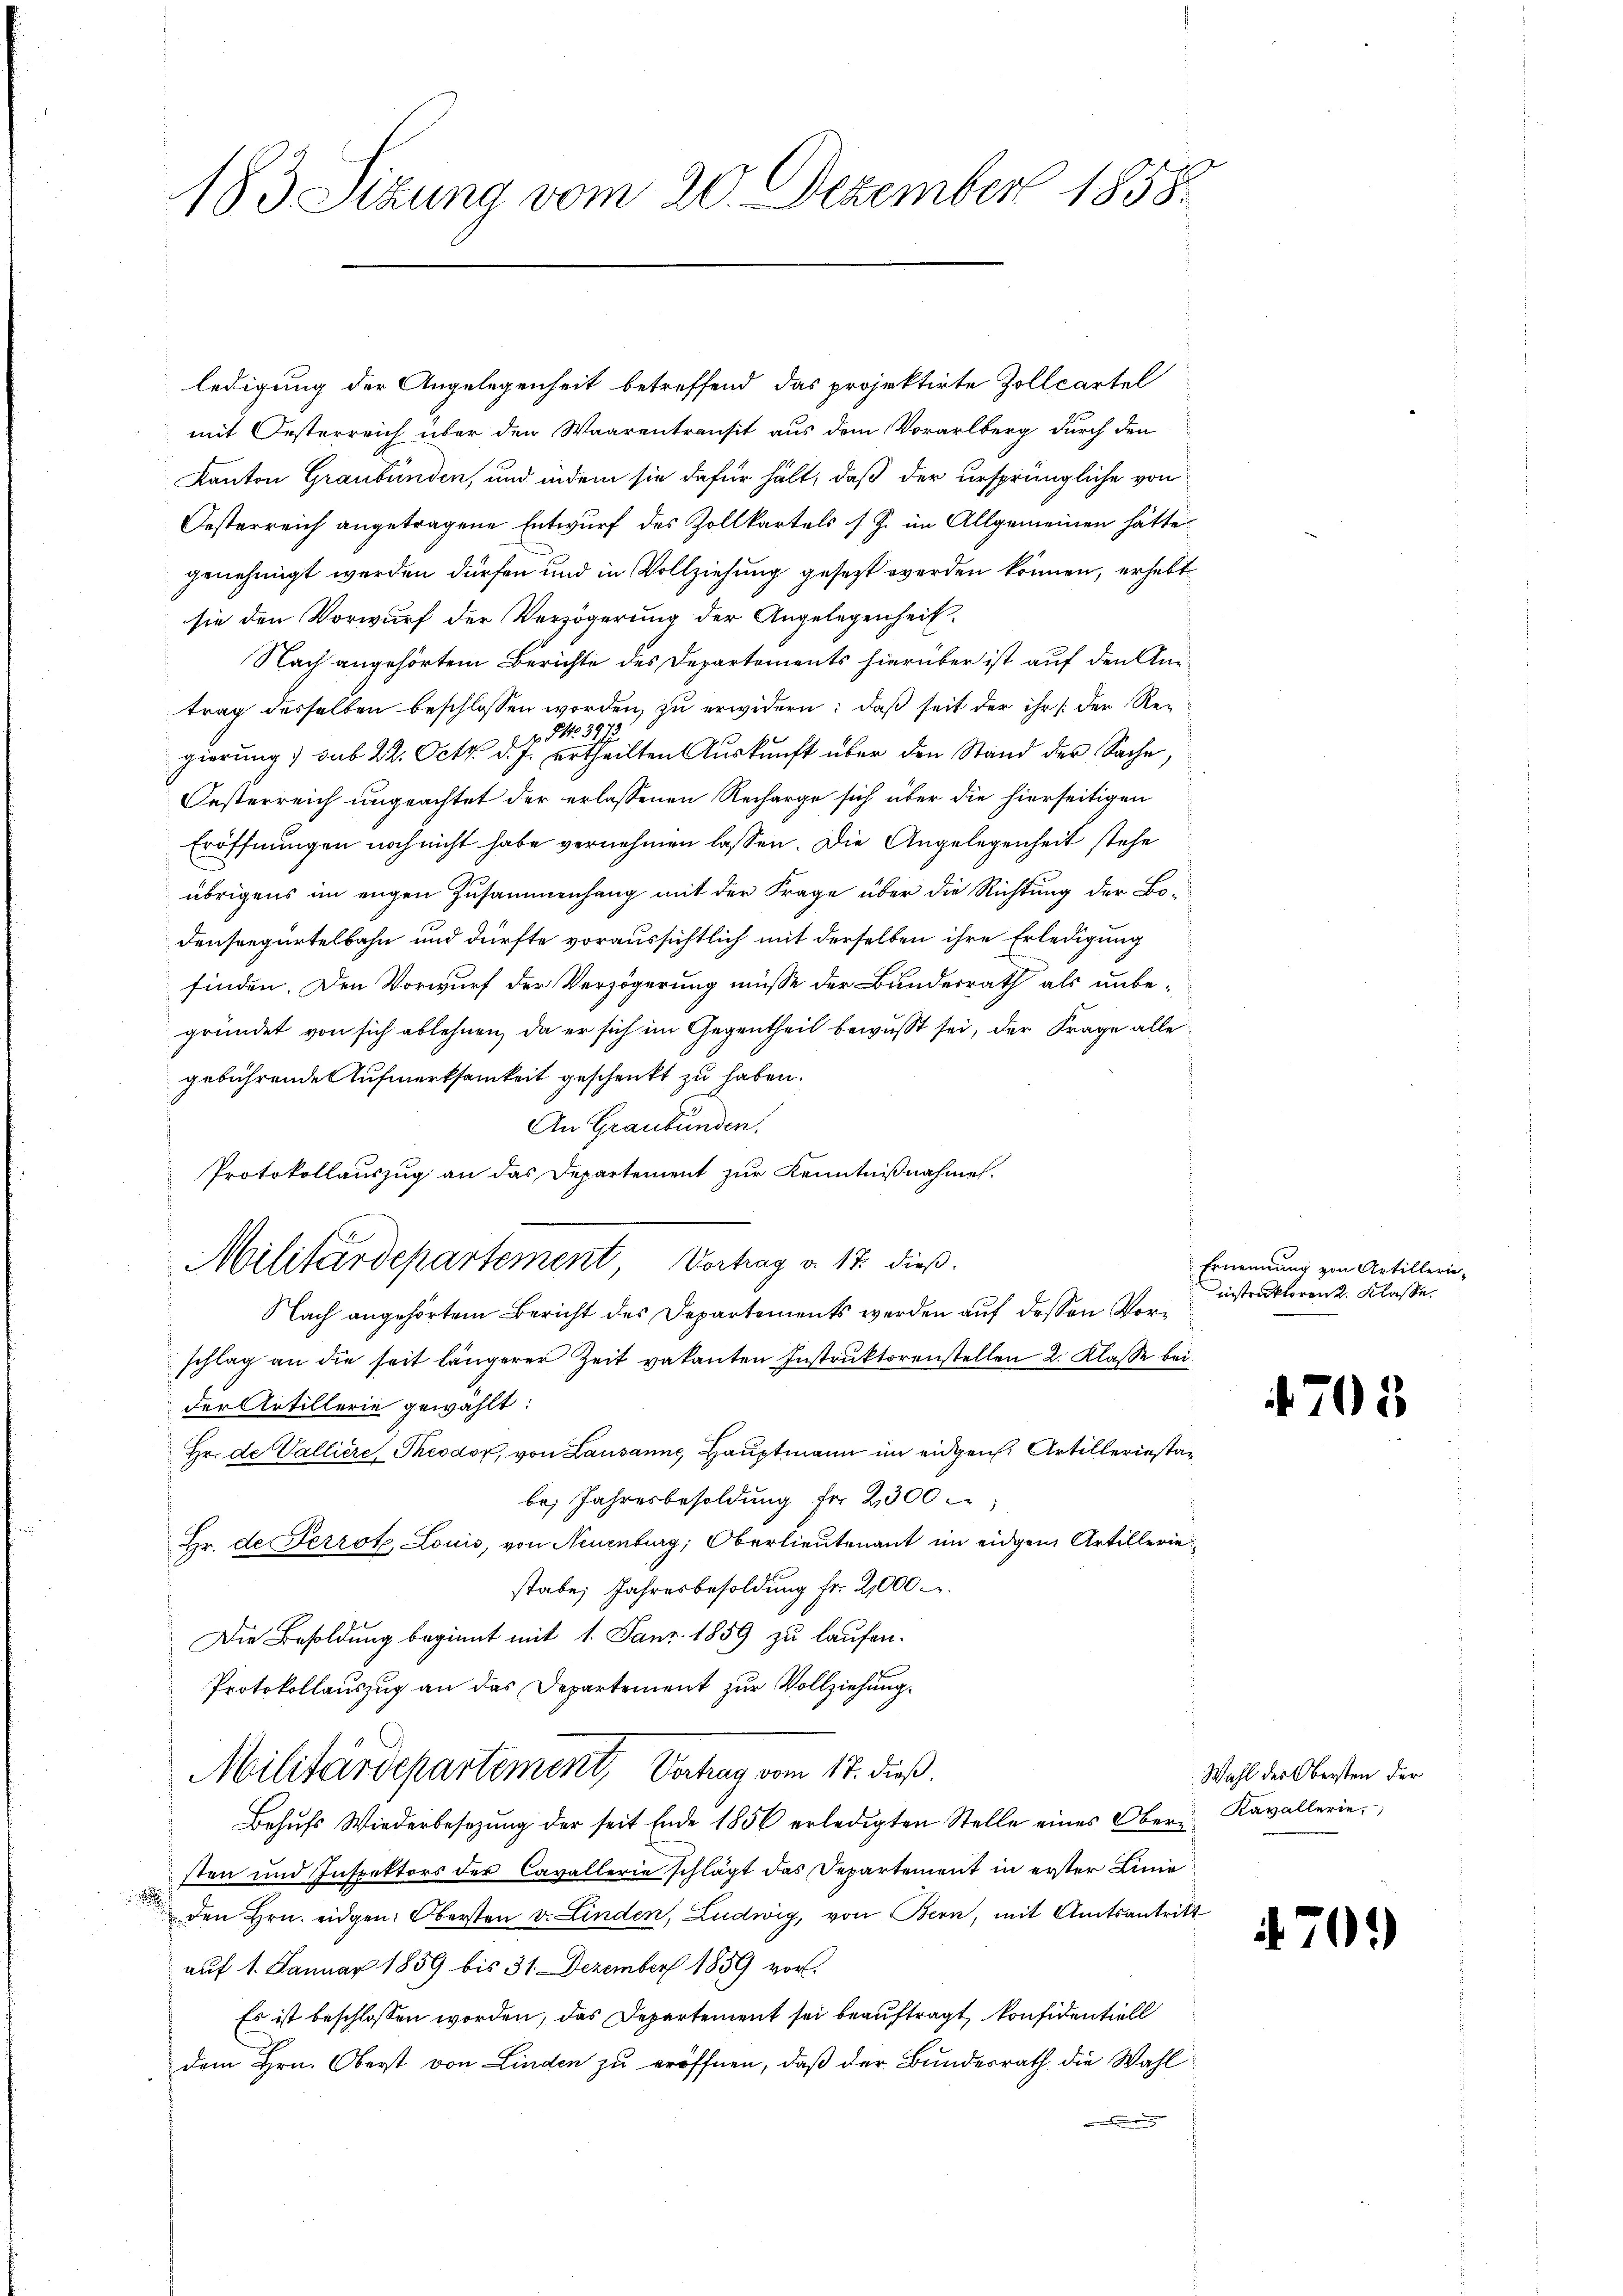
183 Sizung vom 20. Dezember 1858.

ledigung der Angelegenheit betreffend das projektirte Zollcartel
mit Oesterreich über den Waarentransit aus dem Vorarlberg durch den
Kanton Graubünden, und indem sie dafür hält, daß der ursprüngliche von
Oesterreich angetragene Entwurf des Zollkartels s. Z. im Allgemeinen hätte
genehmigt werden dürfen und in Vollziehung gesetzt werden können, erhebt
sie den Vorwurf der Verzögerung der Angelegenheit.
Nach angehörtem Berichte des Departements hierüber ist auf den Antrag desselben beschlossen worden, zu erwidern: daß seit der ihr /: der Ref No 3973
gierung) sub 22. Oct. d. J. ertheilten Aŭskŭnft über den Stand der Sache,
Oesterreich ungeachtet der erlassenen Recharge sich über die hierseitigen
Eröffnungen noch nicht habe vernehmen lassen. Die Angelegenheit stehe
übrigens im engen Zusammenhang mit der Frage über die Richtung der Bodenseegürtelbahn und dürfte voraussichtlich mit derselben ihre Erledigung
finden. Den Vorwurf der Verzögerung müsse der Bundesrath als unbe-
gründet von sich ablehnen, da er sich im Gegentheil bewusst sei, der Frage alle
gebührende Aufmerksamkeit geschenkt zu haben.
An Graubünden.
Protokollauszug an das Departement zur Kenntnißnahme.
Nach angehörtem Bericht des Departements werden auf dessen Vorschlag an die seit längerer Zeit vakanten Instruktorenstellen 2. Klasse bei
der Artillerie gewählt:
Hr. de Valliere Theodor, von Lausanne, Hauptmann im eidgen. Artillerinstan
be, Jahresbesoldung fr. 2300
Hr. de Perrot, Louis, von Neuenburg, Oberlieutenant im eidgen Artilleriestabe, Jahresbesoldung fr. 21000 u.
Die Besoldung beginnt mit 1. Janz 1859 zu laufen.
Protokollauszug an das Departement zur Vollziehung.
Militärdepartement, Vertrag vom 17. dieß.
Behufs Wiederbesezung der seit Ende 1856 erledigten Stelle eines Obersten und Inspektors der Cavallerie schlägt das Departement in erster Linie

den Hrn. eidgen: Obersten v. Linden, Ludwig, von Bern, mit Amtsantritt
auf 1. Januar 1859 bis 31. Dezember 1859 vor.
Es ist beschlossen worden, das Departement sei beauftragt, konfidentiell
dem Hrn. Oberst von Linden zu eröffnen, daß der Bundesrath die Wahld

Militärdepartement Vortrag v. 17. dieß.

Ernennung von Artillerieinstruktoren 2. Klasse.

4705

Wahl der Obersten der
Kavallerie,

470

)